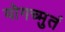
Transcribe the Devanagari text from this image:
योगच्मुतं